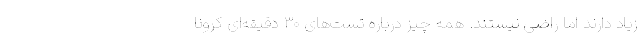
زیاد دارند اما راضی نیستند. همه چیز درباره تست‌های ۳۰ دقیقه‌ای کرونا